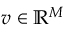
\boldsymbol { v } \in \mathbb { R } ^ { M }